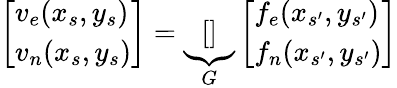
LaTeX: \left[\begin{array}{l}{v_{e}(x_{s},y_{s})}\\ {v_{n}(x_{s},y_{s})}\end{array}\right]=\underbrace{\left[\begin{array}{lll}\end{array}\right]}_{G}\left[\begin{array}{l}{f_{e}(x_{s^{\prime}},y_{s^{\prime}})}\\ {f_{n}(x_{s^{\prime}},y_{s^{\prime}})}\end{array}\right]